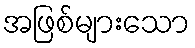
အဖြစ်များသော